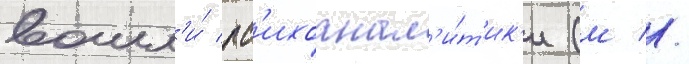
вошл'и́ пс'ихоанал'и́т'ик'и (м //